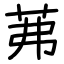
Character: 茀